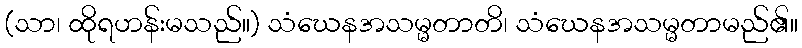
(သာ၊ ထိုရဟန်းမသည်။) သံဃေနအသမ္မတာတိ၊ သံဃေနအသမ္မတာမည်၏။